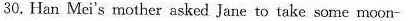
30.Han Mei's mother asked Jane totake some moon-